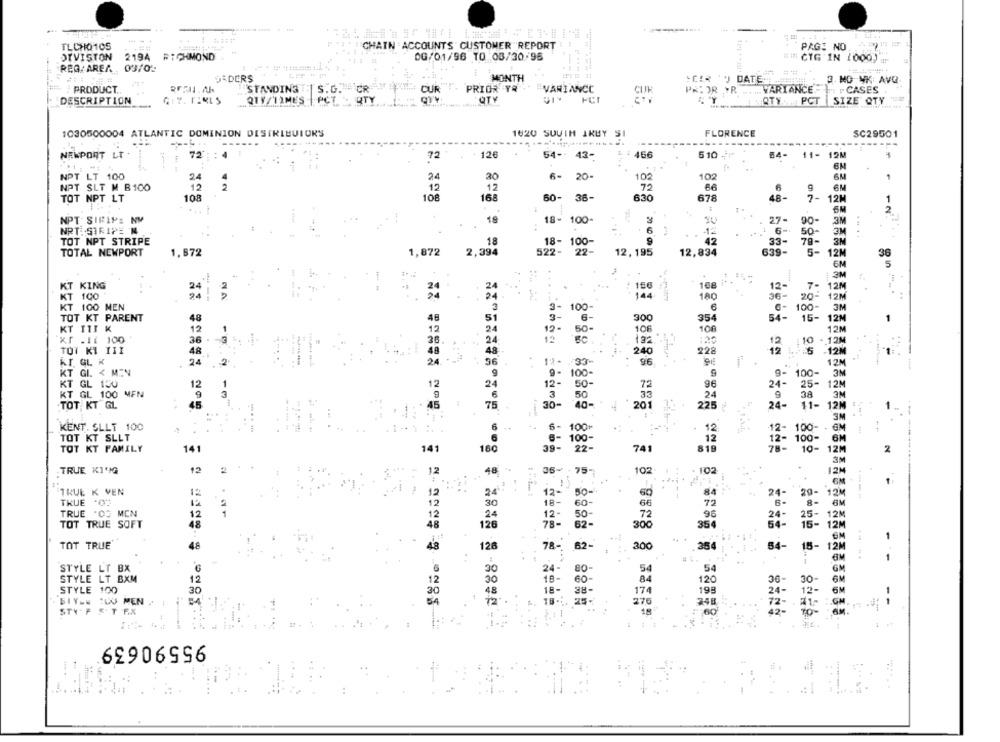
---
TLCHO105
CHAIN ACCOUNTS CUSTOMER "REPORT
PAGI NO.
OTVISTON
2194 RICHMOND
0G/01/96 TO 03/30/96
### CTG IN (000)
REQ/AREA 03/02
DADERS
MONTH
"CER " DATE"
3. HO NK: AVQ
PRODUCT.
STANDING
CUR
PRIOR YR
VARIANCE
PAL OR YR ...... WARIANCE
ITT F CASES
.G. CR
-
DESCRIPTION
QTY/TIMES
QTY
QTY
QTY PCT
SIZE QTY
1030500004 ATLANTIC DOMINION DESTRIBUIORS
1620 SUVIH ARUY SI
FLORENCE
SC29501
-----------
NEWPORT LT
72"
:: 4
72
126
54- 43-
466
510 -
64- 11-12M
NPT LT 100
24
24
20
20-
102
102
6M
1
NPT SLT M B100
EM
12
12
.12
72
6
9
TOT NPT LT
108
10€
168
60-
36-
630
678
48-
7-
12M
1
5
NPT SIRIPE NM
18- 100-
SU
27-
90-
3M
NRT.STRIPE 'N
6
12
50-
3M
TOT NPT STRIPE
18
18- 100-
9
42
33-
79-
TOTAL NEWPORT
1.672
1,872
2,394
522-
22-
12, 195
12,834
6.39-
5-
12
36
6M
3M
108
KT KING
24
24
....
12-
7-
12M
KT 100
144
180
36
20-
12M
3-
KT 100 MEN
3
100
100-
3M
TOT KT PARENT
48
48
51
3-
300
354
15-
12M
100
KT ITT K
12
1
12
24
12-
50-
106
12M
xr .11 100
36
36
24
12
132
-12M
110
TUT KI III
48
48
240
228
12 .
-12M
RT. GL K
24
2
24
56 .
17-
96
12M
KT GL. < MIN
9-
3M
9
100
9-
100
KT GL 130
12
1
12
24
12-
50-
72
96
24-
25-
12M
KT GL 100 MEN
24
3M
6
'3
50
33
38
TOT KT GL
45
75
30-
40-
201
225
24-
11-
12M
3M
KENT. SLLT 100
6
100
12
12- 100-
100
- GM
TOT KT SLLT
12
12- 100-
6M
39-
100-
12-
TOT KT FAMILY
141
141
160
22-
741
819
10-
12M
3M
TRUE KING
2
12
48
36- - 75-
102
. 102
12M
50-
TRUE K VEN
12
60
84
24
12 M
TRUE '03
12
18-
60
66
72
6M
TRUE "OS MEN
25- 12M
8 -
12
12-
50
72
96
24 -
25 -
TOT TRUE SOFT
48
300
354
64-
12M
TOT TRUE
48
48
126
78-
82-
300
54-
15-
12M
STYLE LT BX
30
24 -
80
54
54
GM
STYLE LT BXM
12
84
30-
6M
18-
60-
120
36
STYLE 100
30
is-
88-
174
198
6M
SIYLE :LO MEN . I
25 -
276
- -
24 8
STY F & T EX
2.1
18
95590639
- -